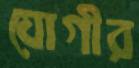
যোগীর